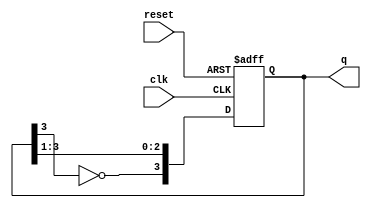
module JohnsonCounter #(
    parameter N = 4  // Number of flip-flops
)(
    input wire clk,          // Clock input
    input wire reset,        // Asynchronous reset
    output reg [N-1:0] q     // Output states
);

    // Internal signal for feedback
    wire feedback;

    // Assign feedback as the inverted output of the last flip-flop
    assign feedback = ~q[N-1];

    // Sequential logic for the Johnson counter
    always @(posedge clk or posedge reset) begin
        if (reset) begin
            // Asynchronous reset to zero
            q <= 0;
        end else begin
            // Shift the states and apply feedback
            q <= {feedback, q[N-1:1]};
        end
    end

endmodule